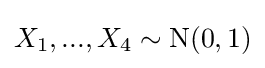
X_{1},...,X_{4}\sim {\textrm {N}}(0,1)